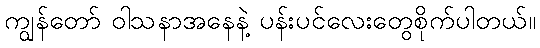
ကျွန်တော် ဝါသနာအနေနဲ့ ပန်းပင်လေးတွေစိုက်ပါတယ်။